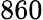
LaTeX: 860